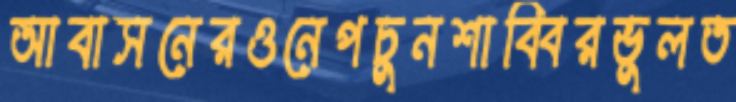
আবাসনেরওনেপচুনশাব্বিরভুলত